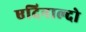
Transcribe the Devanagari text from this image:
एदिनाल्दो